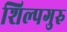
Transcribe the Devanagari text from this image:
शिल्पगुरु